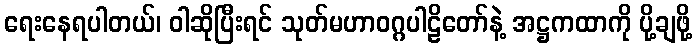
ရေးနေရပါတယ်၊ ဝါဆိုပြီးရင် သုတ်မဟာဝဂ္ဂပါဠိတော်နဲ့ အဋ္ဌကထာကို ပို့ချဖို့